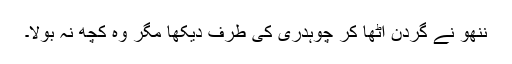
ننھو نے گردن اُٹھا کر چوہدری کی طرف دیکھا مگر وہ کچھ نہ بولا۔